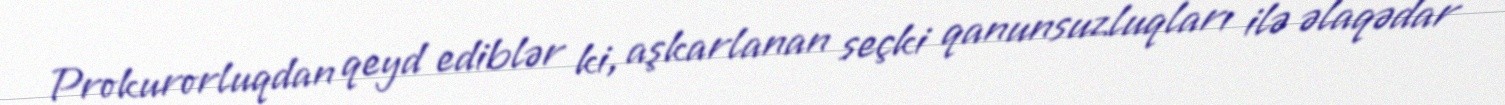
Prokurorluqdan qeyd ediblər ki, aşkarlanan seçki qanunsuzluqları ilə əlaqədar